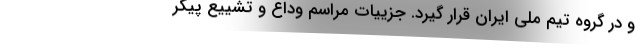
و در گروه تیم ملی ایران قرار گیرد. جزییات مراسم وداع و تشییع پیکر